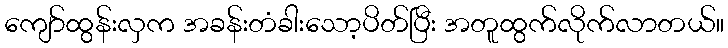
ကျော်ထွန်းလှက အခန်းတံခါးသော့ပိတ်ပြီး အတူထွက်လိုက်လာတယ်။